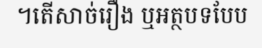
។តើសាច់រឿង ឬអត្ថបទបែប